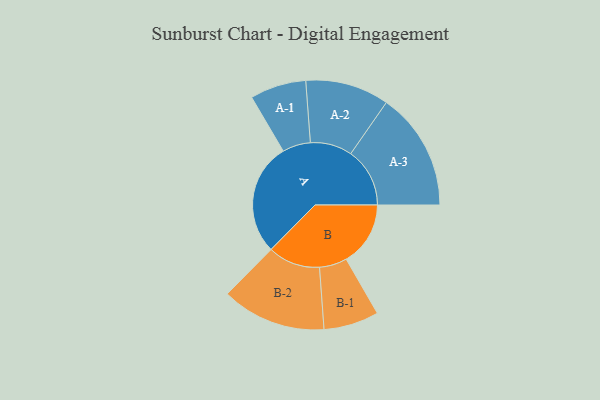
{"axis": {"x": "Segment", "y": "Value"}, "legend": ["", "A", "B"], "data": [{"x": "A", "y": 496, "type": ""}, {"x": "B", "y": 284, "type": ""}, {"x": "A-1", "y": 124, "type": "A"}, {"x": "A-2", "y": 185, "type": "A"}, {"x": "A-3", "y": 261, "type": "A"}, {"x": "B-1", "y": 122, "type": "B"}, {"x": "B-2", "y": 231, "type": "B"}]}